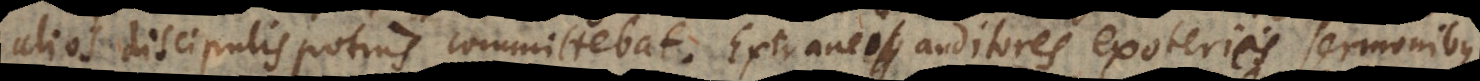
alios discipulis potius committebat. Extranei auditores exotericis sermonibus